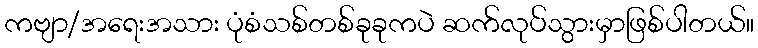
ကဗျာ/အရေးအသား ပုံစံသစ်တစ်ခုခုကပဲ ဆက်လုပ်သွားမှာဖြစ်ပါတယ်။